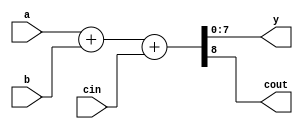
/****************************************************
*	add8 - ADD TWO 8 BIT NUMBERS					*

****************************************************/


module add8(a, b, cin, y, cout);
	input[7:0] a,b;
	input		cin;
	output[7:0] y;
	output cout;
	assign {cout,y} = a + b + cin;
endmodule